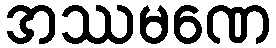
အဿမဏေ